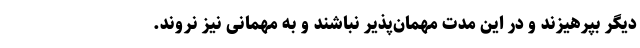
دیگر بپرهیزند و در این مدت مهمان‌پذیر نباشند و به مهمانی نیز نروند.